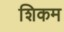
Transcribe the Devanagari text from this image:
शिकम